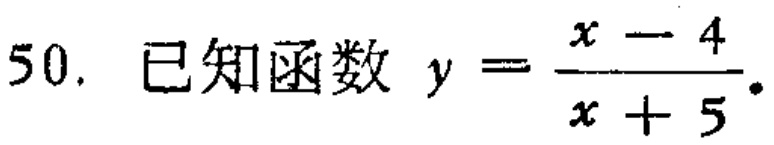
50. 已知函数 \(y = \frac{x - 4}{x + 5}\).